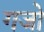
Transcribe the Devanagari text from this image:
गजो